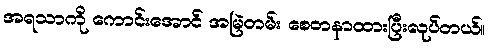
အရသာကို ကောင်းအောင် အမြဲတမ်း စေတနာထားပြီးလုပ်တယ်။